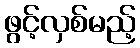
ဖွင့်လှစ်မည့်